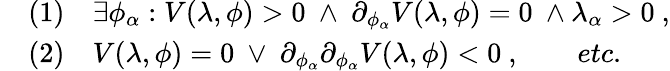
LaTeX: \begin{array}{rl}&{(1)\quad\exists\phi_{\alpha}:V(\lambda,\phi)>0\ \land\ \partial_{\phi_{\alpha}}V(\lambda,\phi)=0\ \land\lambda_{\alpha}>0\ ,}\\ &{(2)\quad V(\lambda,\phi)=0\ \lor\ \partial_{\phi_{\alpha}}\partial_{\phi_{\alpha}}V(\lambda,\phi)<0\ ,\qquad etc.}\end{array}